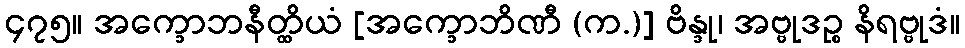
၄၇၅။ အက္ခောဘနီတ္ထိယံ [အက္ခောဘိဏီ (က.)] ဗိန္ဒု၊ အဗ္ဗုဒဉ္စ နိရဗ္ဗုဒံ။